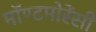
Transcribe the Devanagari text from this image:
मॉण्टमोरेंसी